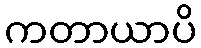
ကတာယာပိ